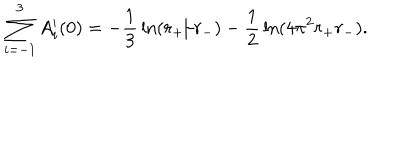
LaTeX: \sum _ { i = - 1 } ^ { 3 } A _ { i } ^ { \prime } ( 0 ) = - { \frac { 1 } { 3 } } \ln ( r _ { + } / r _ { - } ) - { \frac { 1 } { 2 } } \ln ( 4 \pi ^ { 2 } r _ { + } r _ { - } ) .